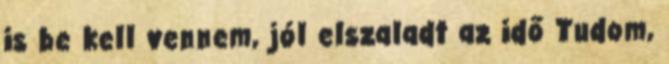
is be kell vennem, jól elszaladt az idő Tudom,